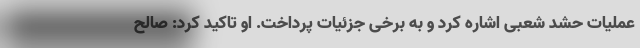
عملیات حشد شعبی اشاره کرد و به برخی جزئیات پرداخت. او تاکید کرد: صالح